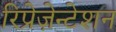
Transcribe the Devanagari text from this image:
रिप्रेज़ेन्टेशन